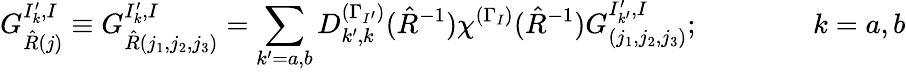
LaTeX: G_{\hat{R}(j)}^{I_{k}^{\prime},I}\equiv G_{\hat{R}(j_{1},j_{2},j_{3})}^{I_{k}^{\prime},I}=\sum_{k^{\prime}=a,b}D_{k^{\prime},k}^{(\Gamma_{I^{\prime}})}(\hat{R}^{-1})\chi^{(\Gamma_{I})}(\hat{R}^{-1})G_{(j_{1},j_{2},j_{3})}^{I_{k^{\prime}}^{\prime},I};\qquad\qquad k=a,b